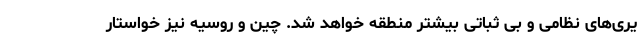
یری‌های نظامی و بی ثباتی بیشتر منطقه خواهد شد. چین و روسیه نیز خواستار